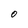
Character: O